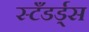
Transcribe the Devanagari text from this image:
स्टँडर्ड्स